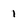
Character: 1